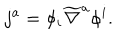
j ^ { a } = \phi _ { i } \widetilde { \nabla } ^ { a } \phi ^ { i } .